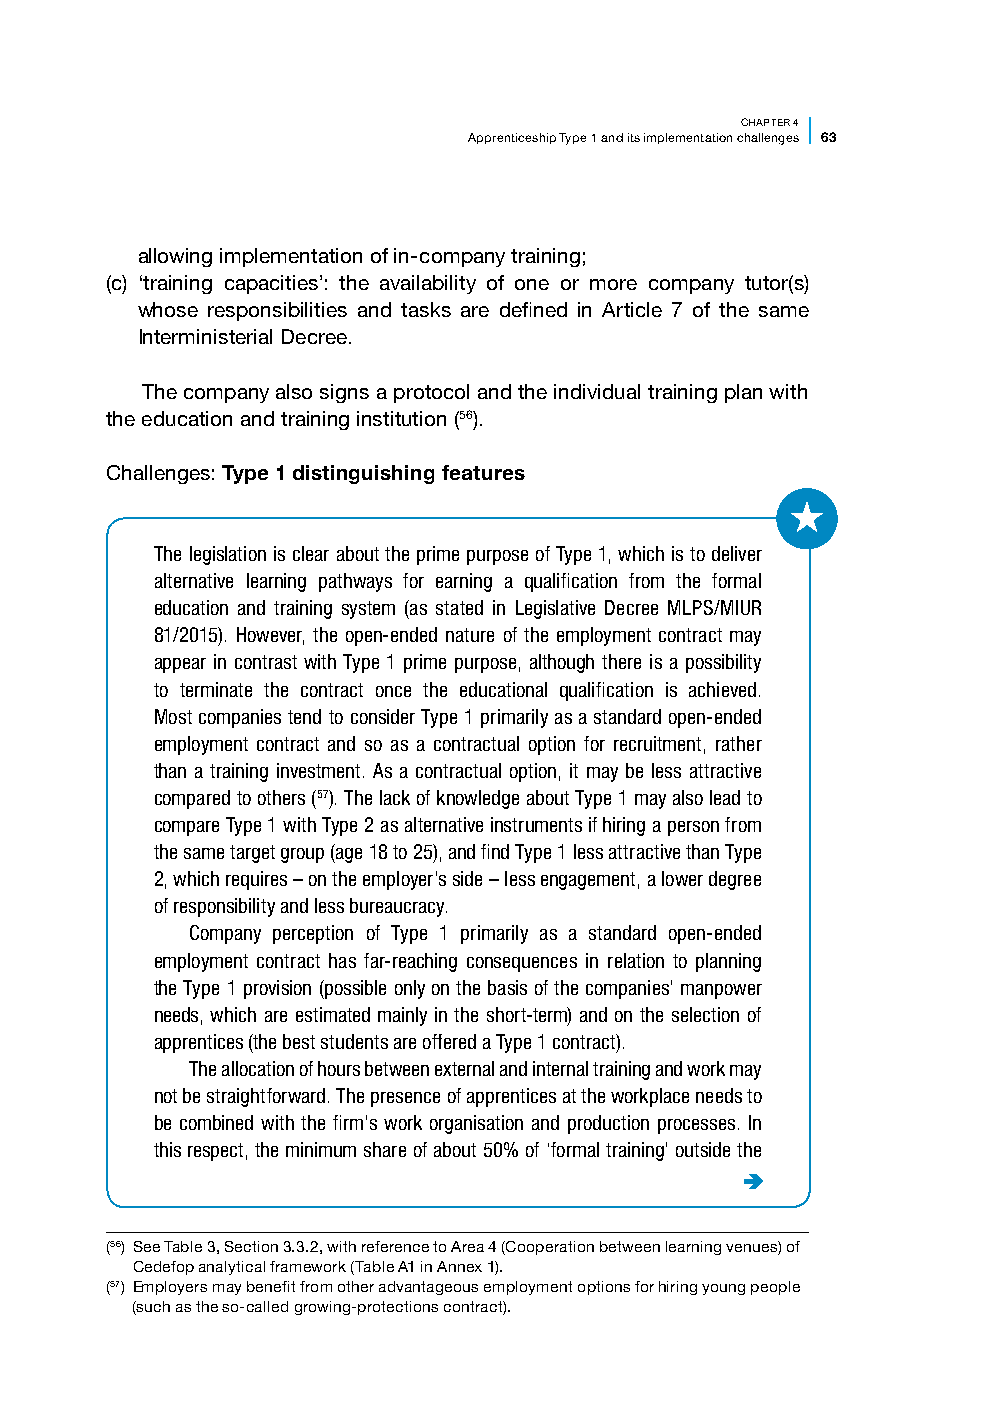
CHAPTER 4
 Apprenticeship Type 1 and its implementation challenges 63
 allowing implementation of in-company training;
 (c) ‘training capacities’: the availability of one or more company tutor(s)
 whose responsibilities and tasks are defined in Article 7 of the same
 Interministerial Decree.
 The company also signs a protocol and the individual training plan with
 the education and training institution (56).
 Challenges: Type 1 distinguishing features
 The legislation is clear about the prime purpose of Type 1, which is to deliver
 alternative learning pathways for earning a qualification from the formal
 education and training system (as stated in Legislative Decree MLPS/MIUR
 81/2015). However, the open-ended nature of the employment contract may
 appear in contrast with Type 1 prime purpose, although there is a possibility
 to terminate the contract once the educational qualification is achieved.
 Most companies tend to consider Type 1 primarily as a standard open-ended
 employment contract and so as a contractual option for recruitment, rather
 than a training investment. As a contractual option, it may be less attractive
 compared to others (57). The lack of knowledge about Type 1 may also lead to
 compare Type 1 with Type 2 as alternative instruments if hiring a person from
 the same target group (age 18 to 25), and find Type 1 less attractive than Type
 2, which requires – on the employer’s side – less engagement, a lower degree
 of responsibility and less bureaucracy.
 Company perception of Type 1 primarily as a standard open-ended
 employment contract has far-reaching consequences in relation to planning
 the Type 1 provision (possible only on the basis of the companies’ manpower
 needs, which are estimated mainly in the short-term) and on the selection of
 apprentices (the best students are offered a Type 1 contract).
 The allocation of hours between external and internal training and work may
 not be straightforward. The presence of apprentices at the workplace needs to
 be combined with the firm’s work organisation and production processes. In
 this respect, the minimum share of about 50% of ‘formal training’ outside the
 (56) See Table 3, Section 3.3.2, with reference to Area 4 (Cooperation between learning venues) of
 Cedefop analytical framework (Table A1 in Annex 1).
 (57) Employers may benefit from other advantageous employment options for hiring young people
 (such as the so-called growing-protections contract).